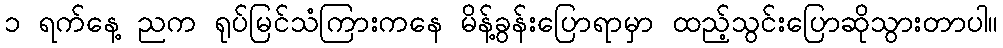
၁ ရက်နေ့ ညက ရုပ်မြင်သံကြားကနေ မိန့်ခွန်းပြောရာမှာ ထည့်သွင်းပြောဆိုသွားတာပါ။